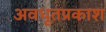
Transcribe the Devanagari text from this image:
अवधूतप्रकाश